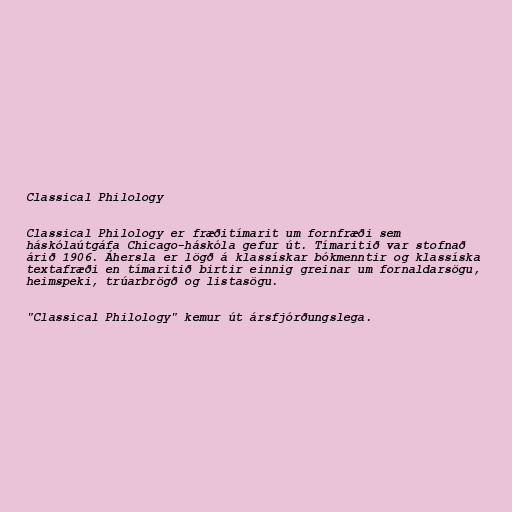
Classical Philology

Classical Philology er fræðitímarit um fornfræði sem
háskólaútgáfa Chicago-háskóla gefur út. Tímaritið var stofnað
árið 1906. Áhersla er lögð á klassískar bókmenntir og klassíska
textafræði en tímaritið birtir einnig greinar um fornaldarsögu,
heimspeki, trúarbrögð og listasögu.

"Classical Philology" kemur út ársfjórðungslega.